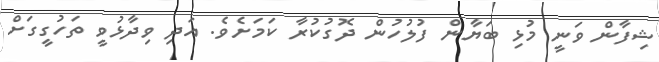
ޝިފާން ވަނީ މުޅި ބަޔާން ފުލުހުން ދޮގުކުރާ ކަމަށެވެ. އަދި ވިދާޅުވީ ތަހުގީގަށް